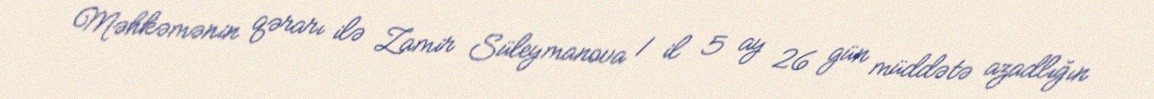
Məhkəmənin qərarı ilə Zamir Süleymanova 1 il 5 ay 26 gün müddətə azadlığın